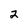
Character: 2